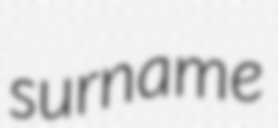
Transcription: surname